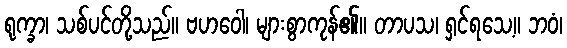
ရုက္ခာ၊ သစ်ပင်တို့သည်။ ဗဟဝေါ၊ များစွာကုန်၏။ တာပသ၊ ရှင်ရသေ့။ ဘဝံ၊